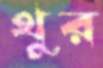
থুর